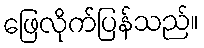
ဖြေလိုက်ပြန်သည်။